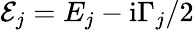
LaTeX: \mathcal{E}_{j}=E_{j}-\mathrm{i}\Gamma_{j}/2